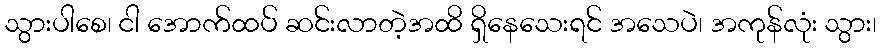
သွားပါစေ၊ ငါ အောက်ထပ် ဆင်းလာတဲ့အထိ ရှိနေသေးရင် အသေပဲ၊ အကုန်လုံး သွား၊